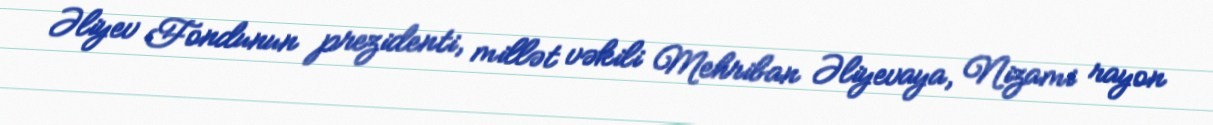
Əliyev Fondunun prezidenti, millət vəkili Mehriban Əliyevaya, Nizami rayon